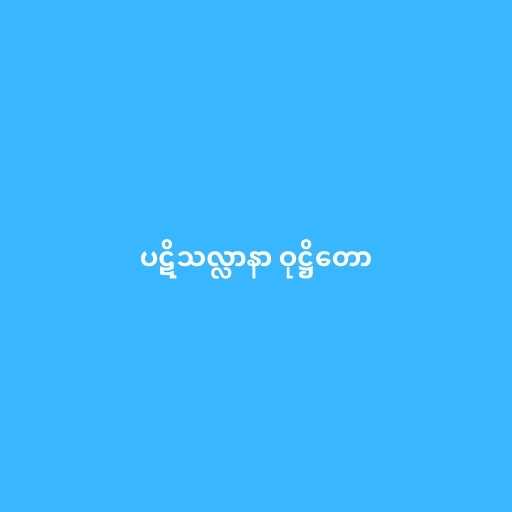
ပဋိသလ္လာနာ ဝုဋ္ဌိတော